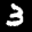
Label: 3